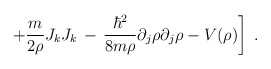
\begin{align*}\left. + \frac{m}{2 \rho} J_k J_k \,-\,\frac{\hbar^2}{8 m \rho}\partial_j \rho \partial_j \rho - V(\rho) \right]\;.\end{align*}